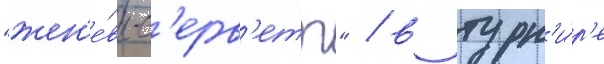
"жен'е́вы-с'ерв'етт" / в турн'и́р'е